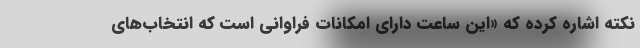
نکته اشاره کرده که «این ساعت دارای امکانات فراوانی است که انتخاب‌های